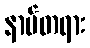
နာမ်တရား